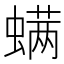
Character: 螨